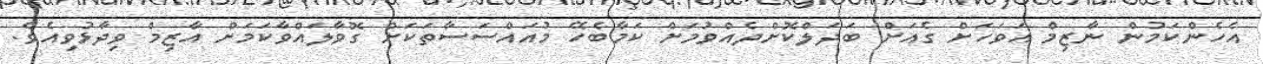
އެހެންކަމުން ނާޒިމް އަވަހަށް ގެއަށް ބަދަލްކޮށްދެއްވުމަށް ކަމާބެހޭ މުއައްސަސާތަކަށް ގޮވާލައްވާކަމަށް އާޒިމް ވިދާޅުވިއެވެ.